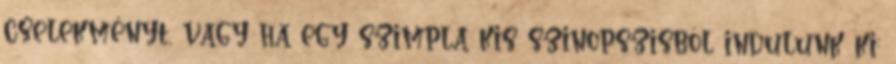
cselekményt, vagy ha egy szimpla kis szinopszisból indulunk ki: